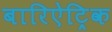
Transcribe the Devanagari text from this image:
बारिऐट्रिक